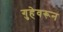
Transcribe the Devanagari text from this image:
गुहेवरून